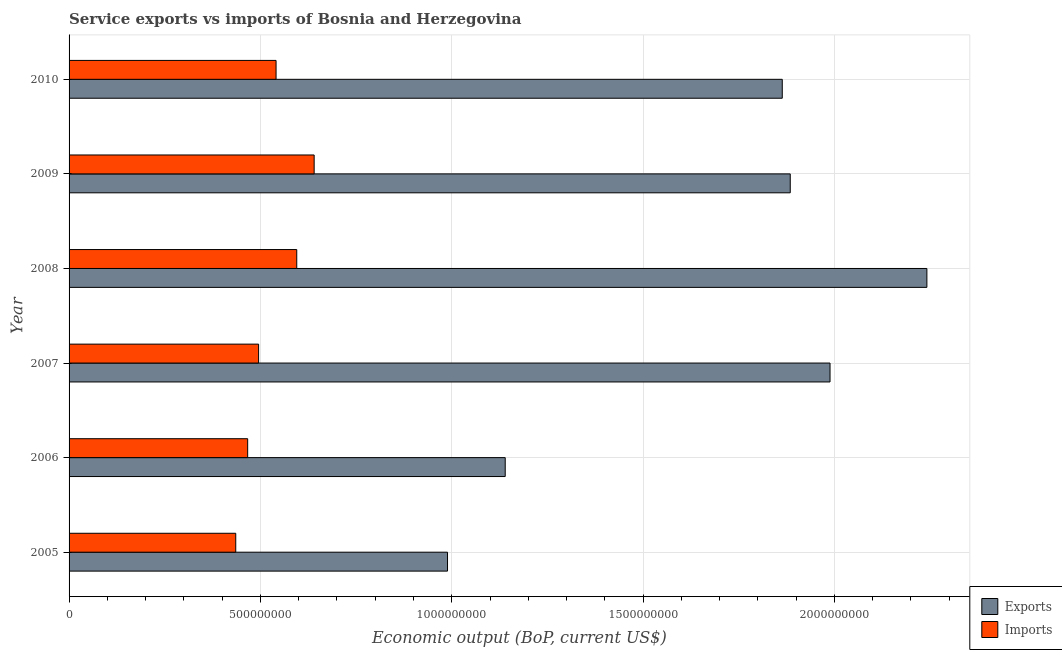
| Year | Exports | Imports |
 | --- | --- | --- |
 | 2005 | 9.89e+08 | 4.36e+08 |
 | 2006 | 1.14e+09 | 4.67e+08 |
 | 2007 | 1.99e+09 | 4.95e+08 |
 | 2008 | 2.24e+09 | 5.95e+08 |
 | 2009 | 1.88e+09 | 6.4e+08 |
 | 2010 | 1.86e+09 | 5.41e+08 |